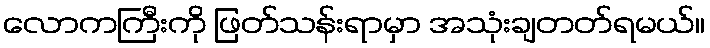
လောကကြီးကို ဖြတ်သန်းရာမှာ အသုံးချတတ်ရမယ်။